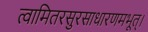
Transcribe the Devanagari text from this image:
त्वामितरसुरसाधारणमभूत्।